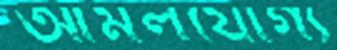
আমলযোগ্য